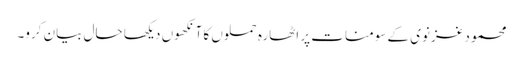
محمود غزنوی کے سومنات پر اٹھارہ حملوں کا آنکھوں دیکھا حال بیان کرو۔